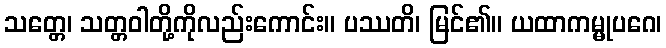
သတ္တေ၊ သတ္တဝါတို့ကိုလည်းကောင်း။ ပဿတိ၊ မြင်၏။ ယထာကမ္မုပဂေ၊